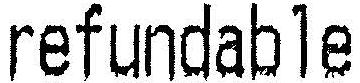
REFUNDABLE